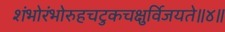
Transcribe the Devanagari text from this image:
शंभोरंभोरुहचटुकचक्षुर्विजयते॥४॥